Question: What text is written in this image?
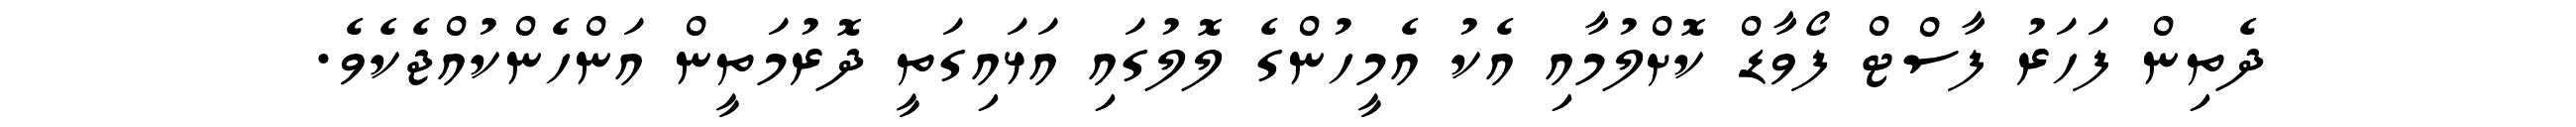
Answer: ދެތިން ފަހަރު ފާސްޓް ފޯވާޑް ކޮށްލުމާއި އެކު އެމީހުންގެ ލޮލުގައި އަޅައިގަތީ ދޮރުމަތީން އަންހެންކުއްޖެކެވެ.